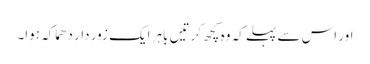
اور اس سے پہلے کہ وہ کچھ کرتیں باہر ایک زور دار دھماکہ ہوا۔